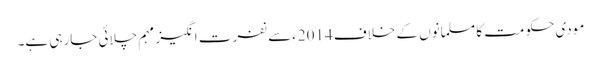
مودی حکومت کا مسلمانوں کے خلاف 2014ءسے نفرت انگیز مہم چلائی جارہی ہے۔